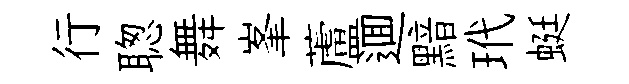
行聦舞峯蘆逥黯玳蜓